Cholera in India, 1862 to 1881
Year: 1862
Disease focus: Cholera
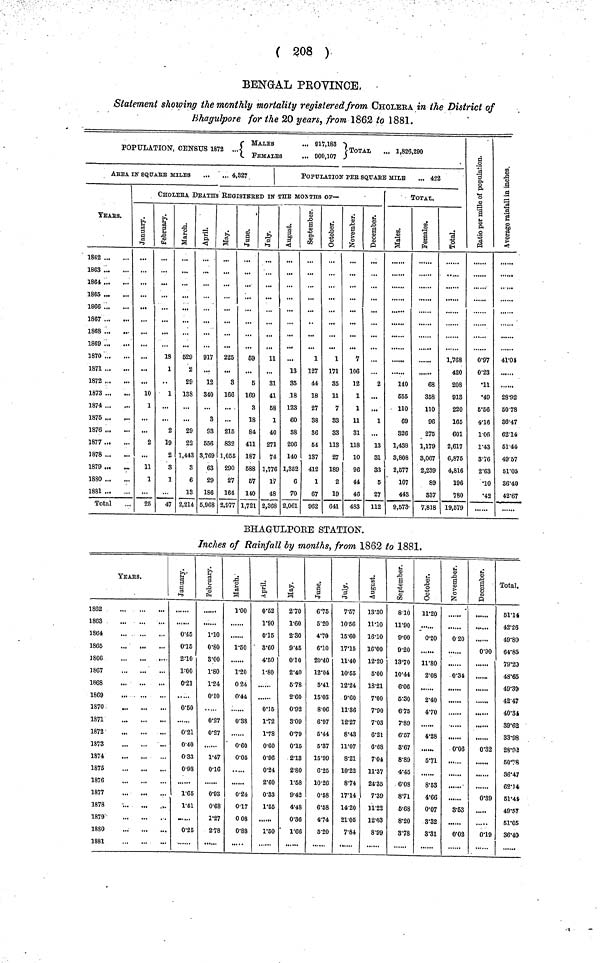
( 208 )
BENGAL PEOVINCE,
Statement showing the monthly mortality registered from CHOLERA in the District of
Bhagulpore for the 20 years, from 1862 to 1881.
POPULATION, CENSUS 1872 ... {MALES ... 917,183. FEMALES ... 909,107} Total ... 1,826,290
ArEA IN SQUABS MILES
4,327
yEArs.
1862
1863
1864
1865
1866
1867
1863
1869
1870
1871
1872
1873
1874
1875
1876 ...
1877
1878
1879 ...
1880
1881
Total
POPULATION PEr SQUABE MILE
... 422
CHOLERA DEATHS REGISTERED IN THE MOnTHS OF—
...
10
1
...
2
...
11
1
25
February.
18
1
1
2
19
2
3
1
47
March.
529
2
29
138
29
22
1,443
€
6
13
2,214
April.
917
12
340
3
93
556
3,769
63
29
186
5,968
May.
225
3
166
...
215
832
1,055
290
27
164
2,977
June.
69
5
169
3
18
84
411
187
588
57
140
1,721
July.
11
31
41
58
1
40
271
74
1,776
17
48
2,368
August.
...
13
35
18
123
60
38
206
140
1,352
6
70
2,061
September.
1
127
44
18
27
38
86
54
137
412
1
67
962
October.
1
171
35
11
7
S3
33
113
27
189
2
19
641
November.
7
106
12
1
1
11
31
118
10
96
44
46
483
December.
2
...
...
1
...
13
31
33
5
27
112
TOTAL.
Males.
140
555
110
69
326
1,438
3,808
2,677
107
443
9,573
Females.
68
358
110
96
275
1,179
8,067
2,239
89
837
7,818
Total.
1,768
420
203
913
220
165
601
2,617
6,875
4,816
196
780
19,579
Ratio per mille of population.
0.97
0.23
•11
•49
5.56
4.16
1.06
1.43
3.76
2.63
•10
•42
Average rainfall in inches.
41.04
28.92
50.78
36.47
62.14
51.44
49.57
51.05
86.40
42.67
BHAGULPORE STATION.
Inches of Rainfall by months, from 1862 to 1881.
YEArS.
1862
1863
1864
1865
]866
1867
1868
1869
1870
1871
1872
1873
1874
1875
1876
1877
1878
1879
1880
1881
January.
0.45
0.15
2.10
1.00
0.21
0.50
0.21
0.40
0.33
0.98
1.65
1.41
0.25
February.
1.10
0.80
3.00
1.80
1.24
0.01
0.27
0.27
1.47
0.16
0.93
0.68
1.27
2.78
March.
1.00
1.50
......
1.20
0.24
0.44
0.38
0.60
0.05
0.24
0.17
0.08
0.88
April.
0.52
1.90
0.15
8.60
4.50
1.80
.
0.15
1.72
1.78
0.60
0.96
0.24
2.60
0.33
1.65
1.50
May.
2.70
1.60
2.30
9.45
0.01
2.40
5.78
2.60
0.92
3.09
0.79
0.15
2.18
2.80
1.58
9.42
4.48
0.36
1.66
June.
6.75
6.20
4.70
6.10
20.40
12.04
5.41
15.03
8.06
6.97
5.44
5.37
15.99
6.25
10.26
0.58
6.58
4.74
5.20
July.
7.57
10.56
15.60
17.15
11.40
10.55
12.24
9.60
11.36
12.27
8.43
11.07
8.21
10.22
8.74
17.14
14.20
21.05
7.84
August.
13.30
11.10
16.10
16.00
12.20
5.00
18.21
7.00
7.90
7.03
6.21
6.68
7.04
11.37
24.35
7.39
11.22
12.03
8.99
September.
8.10
11.90
9.00
9.20
13.70
10.44
6.06
6.80
6.75
7.89
6.67
8.67
8.89
4.45
6.05
8.71
6.68
8.20
8.78
October.
11.20
0.20
11.80
2.08
20.40
4.70
4.28
5.71
8.63
4.66
0.07
8.82
8.31
November.
0.20
0.34
0.06
3.63
0.02
December.
0.90
......
0.32
0.39
.....
0.19
Total.
51.14
42.26
49.80
64.85
79.20
48.65
49.39
42.47
40.34
89.62
33.98
28.92
50.78
86.47
62.74
51.44
49.57
61.05
36.40